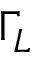
\Gamma _ { L }